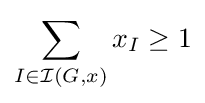
\sum _{I\in {\mathcal {I}}(G,x)}x_{I}\geq 1